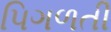
પિગળતી